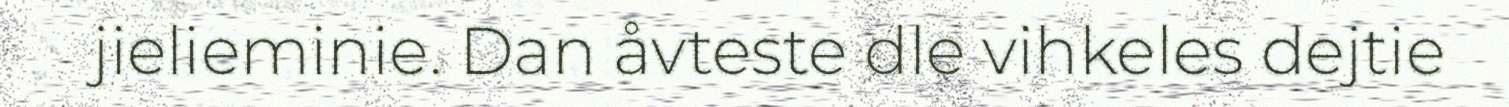
jielieminie. Dan åvteste dle vihkeles dejtie